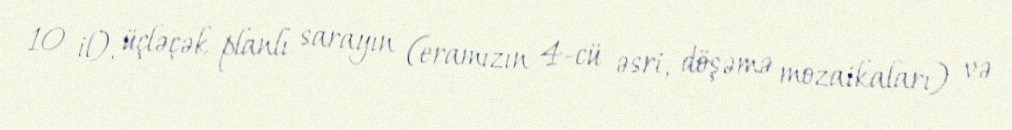
10 il), üçləçək planlı sarayın (eramızın 4-cü əsri, döşəmə mozaikaları) və